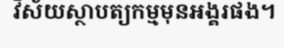
វិស័យស្ថាបត្យកម្មមុនអង្គរផង។